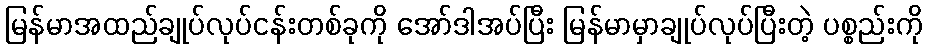
မြန်မာအထည်ချုပ်လုပ်ငန်းတစ်ခုကို အော်ဒါအပ်ပြီး မြန်မာမှာချုပ်လုပ်ပြီးတဲ့ ပစ္စည်းကို